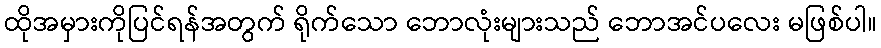
ထိုအမှားကိုပြင်ရန်အတွက် ရိုက်သော ဘောလုံးများသည် ဘောအင်ပလေး မဖြစ်ပါ။